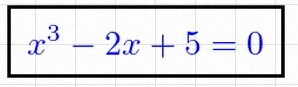
x^3-2x+5=0